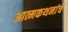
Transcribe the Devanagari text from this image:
आत्मकथनांचे